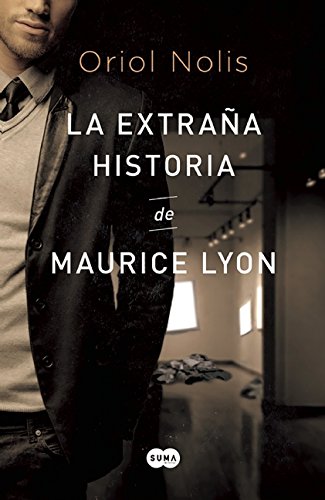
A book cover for La extraÃ±a historia de Maurice Lyon (Spanish Edition); Oriol Nolis; Literature & Fiction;